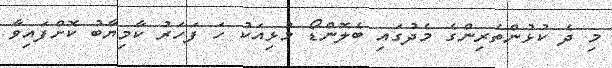
މި ދެ ކުޅުންތެރިންގެ މެދުގައި ބެލޮންޑޯ މުޅިއަކު ހަ ފަހަރު ކާމިޔާބު ކޮށްފައިވާ